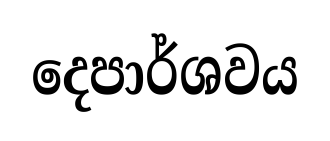
දෙපාර්ශවය